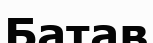
Батав